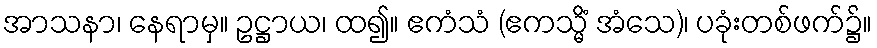
အာသနာ၊ နေရာမှ။ ဥဋ္ဌာယ၊ ထ၍။ ဧကံသံ (ဧကသ္မိံ အံသေ)၊ ပခုံးတစ်ဖက်၌။